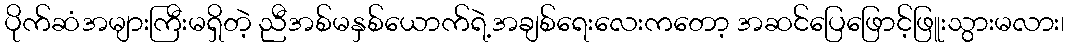
ပိုက်ဆံအများကြီးမရှိတဲ့ ညီအစ်မနှစ်ယောက်ရဲ့အချစ်ရေးလေးကတော့ အဆင်ပြေဖြောင့်ဖြူးသွားမလား၊